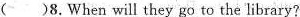
( )8.When will they go to the library?